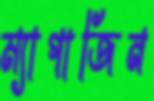
ম্যাগাজিন